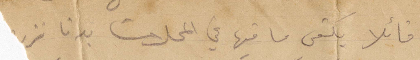
قائلًا يكفي ما فيها من المحلات بدنا نزرع